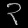
Digit: ၃